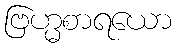
ဗြဟ္မစာရယော